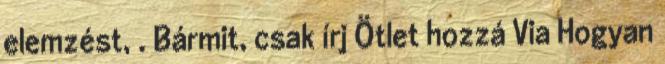
elemzést, . Bármit, csak írj Ötlet hozzá Via Hogyan